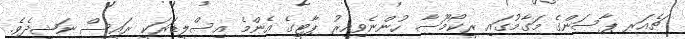
ޗެއަރ ޕާސަންގެ މަގާމުގައި ރީކޯމޫސާ ހުންނެވިއިރު ޕާޓީގެ އެންމެ އިސްލީޑަރަކީ ރައީސް ނަޝީދެވެ.